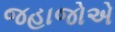
જહાજોએ